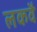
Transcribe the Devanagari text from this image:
लकवै